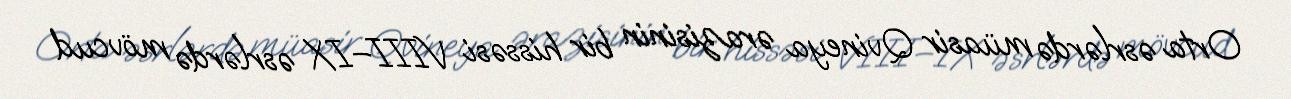
Orta əsrlərdə müasir Qvineya ərazisinin bir hissəsi VIII–IX əsrlərdə mövcud